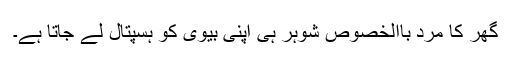
گھر کا مرد باالخصوص شوہر ہی اپنی بیوی کو ہسپتال لے جاتا ہے۔